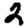
Digit: 2